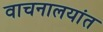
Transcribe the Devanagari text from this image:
वाचनालयांत